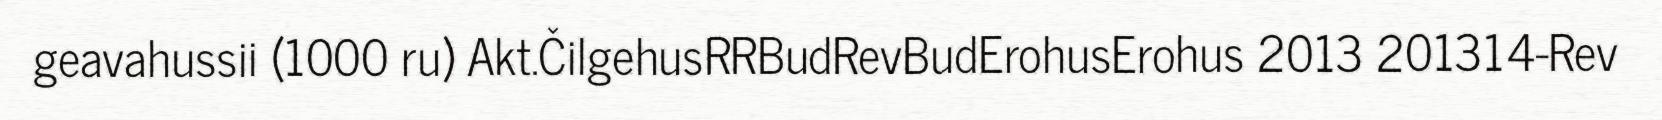
geavahussii (1000 ru) Akt.ČilgehusRRBudRevBudErohusErohus 2013 201314-Rev